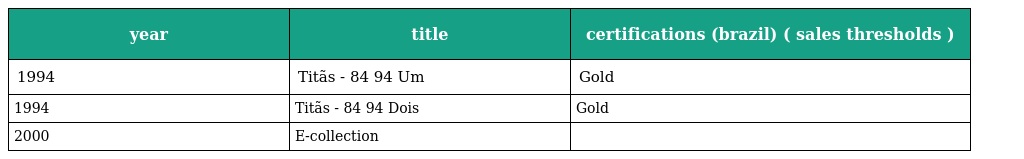
| year | title | certifications (brazil) ( sales thresholds ) |
 | --- | --- | --- |
 | 1994 | Titãs - 84 94 Um | Gold |
 | 1994 | Titãs - 84 94 Dois | Gold |
 | 2000 | E-collection |  |